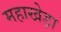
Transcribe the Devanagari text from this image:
महाखेड़ा